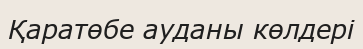
Қаратөбе ауданы көлдері